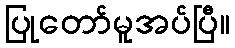
ပြုတော်မူအပ်ပြီ။